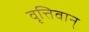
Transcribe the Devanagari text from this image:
वृत्तिवान्